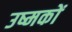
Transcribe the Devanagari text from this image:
उष्मकों